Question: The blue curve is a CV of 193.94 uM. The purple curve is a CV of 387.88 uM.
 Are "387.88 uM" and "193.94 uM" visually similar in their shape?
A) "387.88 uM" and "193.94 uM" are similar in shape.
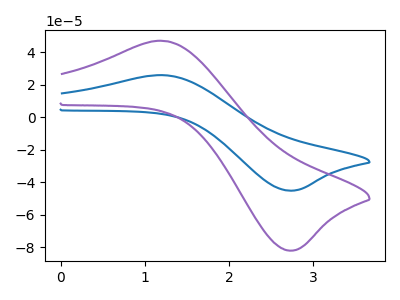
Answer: <think>The blue curve "193.94 uM" has an anodic peak at (1.25V, 25.80uA) and a cathodic peak at (2.75V, -45.15uA). The purple curve "387.88 uM" has an anodic peak at (1.25V, 46.85uA) and a cathodic peak at (2.75V, -82.00uA).
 All the peaks in "387.88 uM" have a peak in "193.94 uM" at the same potential. Every peak in "387.88 uM" is higher than every peak in "193.94 uM".</think>
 <answer>A) "387.88 uM" and "193.94 uM" are similar in shape.</answer>
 <eval>A</eval>